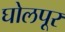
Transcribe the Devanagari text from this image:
घोलपूर